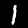
Label: 1